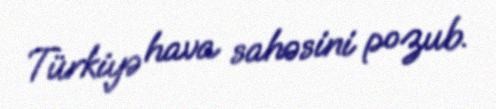
Türkiyə hava sahəsini pozub.